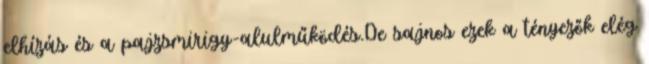
elhízás és a pajzsmirigy-alulműködés.De sajnos ezek a tényezők elég